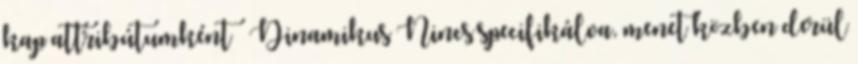
kap attribútumként  Dinamikus Nincs specifikálva, menet közben derül